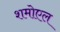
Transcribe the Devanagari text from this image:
शमोएल